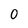
Character: 0